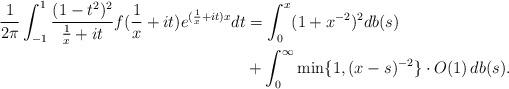
LaTeX: \begin{align*} \frac1{2\pi}\int_{-1}^1\frac{(1-t^2)^2}{\frac1x+it}f(\frac1x+it)e^{(\frac1x+it)x}dt &= \int_0^x(1+x^{-2})^2db(s)\\ &+ \int_0^{\infty}\min\{1,(x-s)^{-2}\}\cdot O(1)\,db(s). \end{align*}